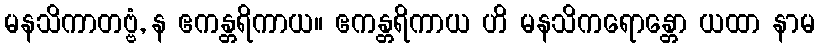
မနသိကာတဗ္ဗံ, န ဧကန္တရိကာယ။ ဧကန္တရိကာယ ဟိ မနသိကရောန္တော ယထာ နာမ